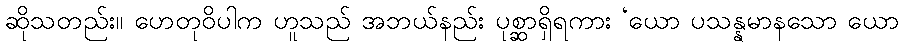
ဆိုသတည်း။ ဟေတုဝိပါက ဟူသည် အဘယ်နည်း ပုစ္ဆာရှိရကား ‘ယော ပသန္နမာနသော ယော